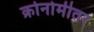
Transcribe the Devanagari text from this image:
क्रोनोमीतर